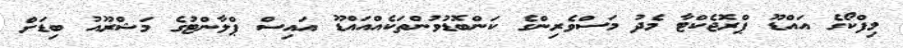
މިފްކޯގެ އައްޑޫ ޕްރޮޖެކްޓާ މެދު މަސްވެރިންގެ ކަންބޮޑުވުންތަކެއްއައްޑޫ އައިސް ޕްލާންޓުގެ މަޝްރޫއު ބިޑަށް